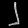
Digit: ၂